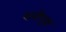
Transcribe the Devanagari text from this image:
शमीवृक्ष